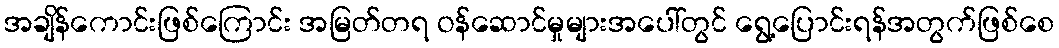
အချိန်ကောင်းဖြစ်ကြောင်း အမြတ်တရ ဝန်ဆောင်မှုများအပေါ်တွင် ရွေ့ပြောင်းရန်အတွက်ဖြစ်စေ